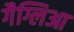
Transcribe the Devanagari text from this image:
गैग्लिआ